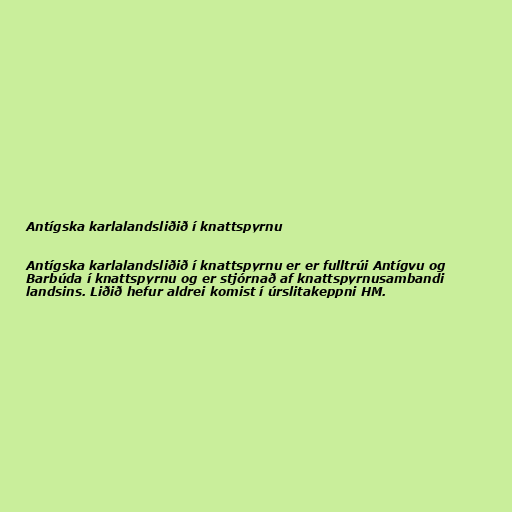
Antígska karlalandsliðið í knattspyrnu

Antígska karlalandsliðið í knattspyrnu er er fulltrúi Antígvu og
Barbúda í knattspyrnu og er stjórnað af knattspyrnusambandi
landsins. Liðið hefur aldrei komist í úrslitakeppni HM.